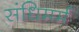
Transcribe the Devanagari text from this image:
संधिमर्म